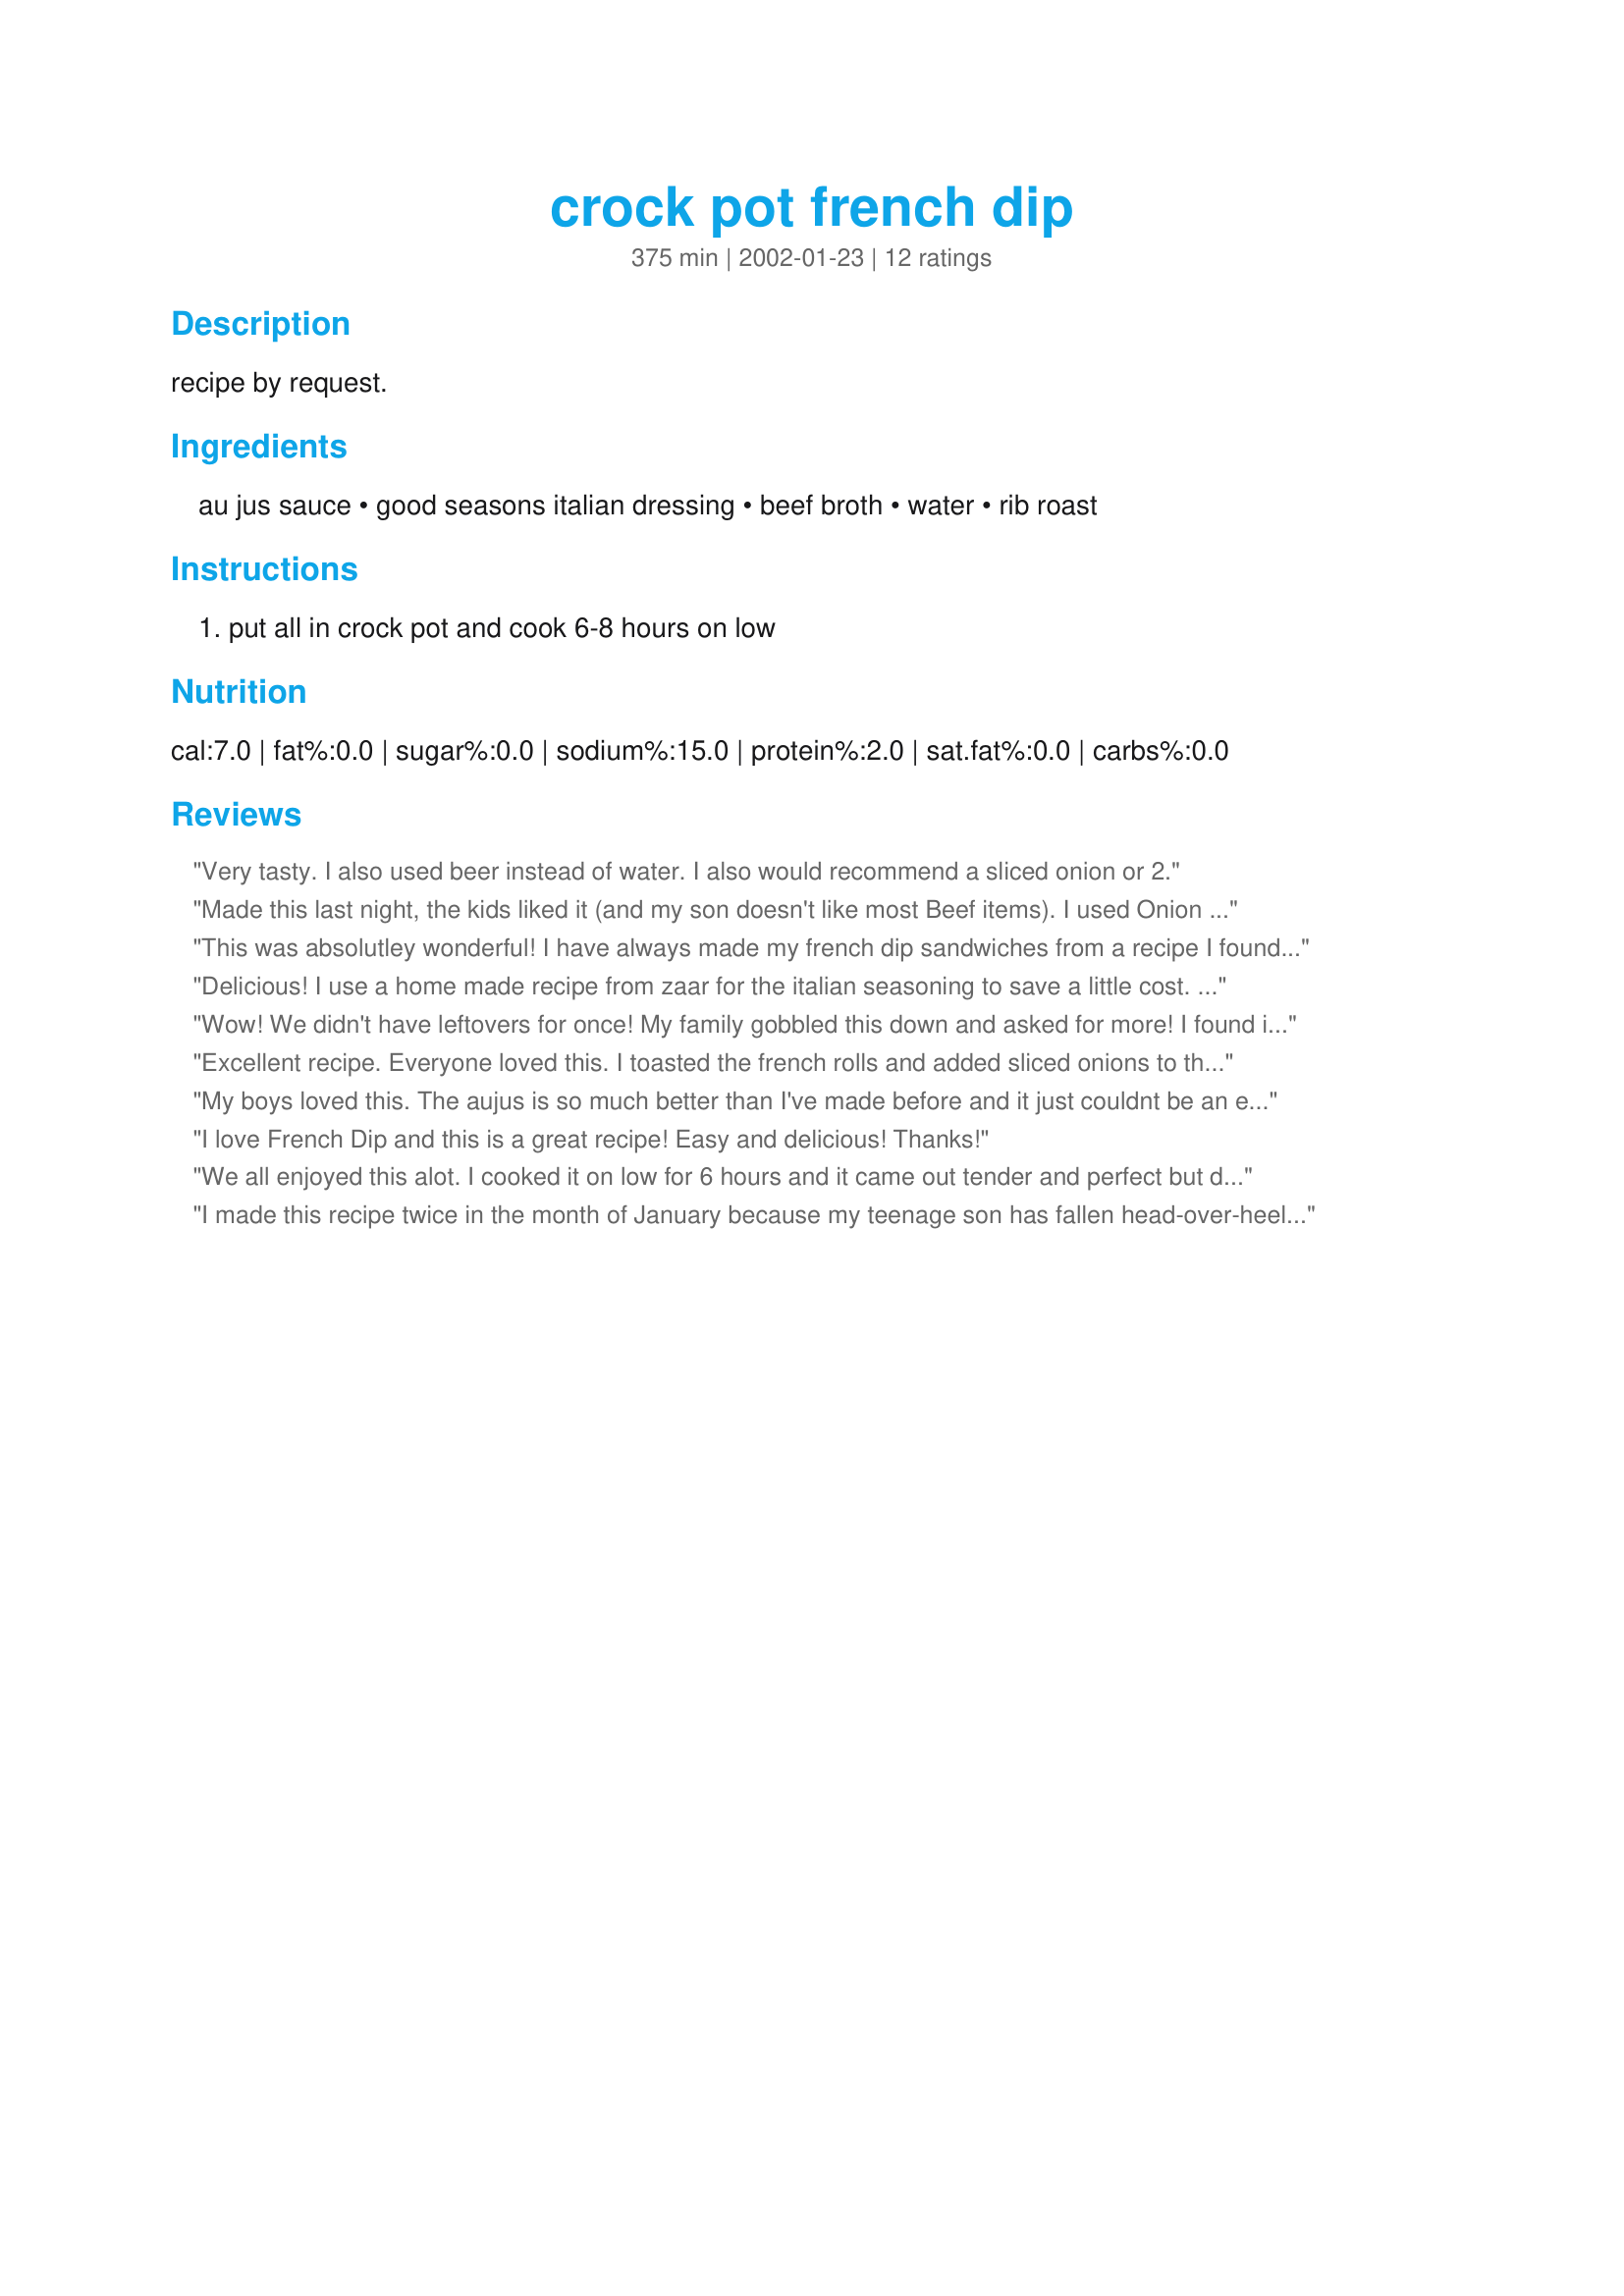
crock pot french dip
Preparation time: 375 minutes

recipe by request.

Ingredients:
au jus sauce, good seasons italian dressing, beef broth, water, rib roast

Steps:
put all in crock pot and cook 6-8 hours on low

Reviews:
Very tasty. I also used beer instead of water. I also would recommend a sliced onion or 2.
Made this last night, the kids liked it (and my son doesn't like most Beef items). I used Onion Soup mix instead of the beef broth (with an extra cup of water) and than worked out very nicely! Excellent and easy...did the house smell wonderful when I walked in after work!
This was absolutley wonderful! I have always made my french dip sandwiches from a recipe I found in Taste of Home & while it was really good, this one is much quicker to make! My whole family enjoyed this!
Delicious! I use a home made recipe from zaar for the italian seasoning to save a little cost. This tastes great, and its so nice to have dinner ready when you walk in the door from work! Thanks!
Wow! We didn't have leftovers for once! My family gobbled this down and asked for more! I found it hard to find rolled rib roast, so after making it again I used whatever roast I could find at the store - I also made it overnight, then put it in the fridge to firm up for easier cutting, then heated it up when time for dinner. It worked like a charm! I'm sure to use this again and again!
Excellent recipe. Everyone loved this. I toasted the french rolls and added sliced onions to the beef. I will definitely make this again.
My boys loved this. The aujus is so much better than I've made before and it just couldnt be an easier supper to come home to on a cold night. Thanks for sharing this! Laurah
I love French Dip and this is a great recipe! Easy and delicious! Thanks!
We all enjoyed this alot.
I cooked it on low for 6 hours and it came out tender and perfect but did not fall apart, the au jus was really good, I used french rolls, dipped them, added some thinly sliced Meunster cheese and thin slices of onion.
Very good!
I made this recipe twice in the month of January because my teenage son has fallen head-over-heels in LOVE with it. He ate 5 sandwiches in one sitting - and he only weighs 150 lbs! These sandwiches are just that good. I have yet to use rolled rib roast, instead using whatever I had in the freezer. I have made ours exactly as written except I've doubled the beef broth (we do love having lots of au jus!). To compile our sandwiches, I bought wheat Bolillio rolls, halved, and toasted them in the oven for just a few minutes while I'm getting the meat out of the crock. Then, I put slices of Swiss on the bread, heap on the roast beef, and wow! Magic! Thanks Bekah for sharing what is already a family favorite! :)
We use a can of beer (or O'Douhl's non-alcholic beer) instead of water. The taste of this roast is unreal!
Instead of the can of water I use another can of beef broth. It makes the sauce very rich!

Every time I make this, we tend of have extra sauce. We decided to freeze it and make sandwiches with just store bought sliced roast beef. It is still very yummy!
